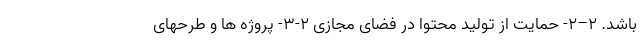
باشد. ۲–۲- حمایت از تولید محتوا در فضای مجازی ۲-۳- پروژه ها و طرحهای